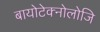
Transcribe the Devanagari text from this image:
बायोटेक्नोलोजि